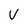
Character: v